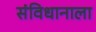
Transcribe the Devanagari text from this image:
संविधानाला